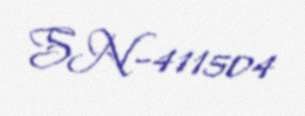
SN-411504